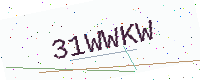
Text: 31WWKW